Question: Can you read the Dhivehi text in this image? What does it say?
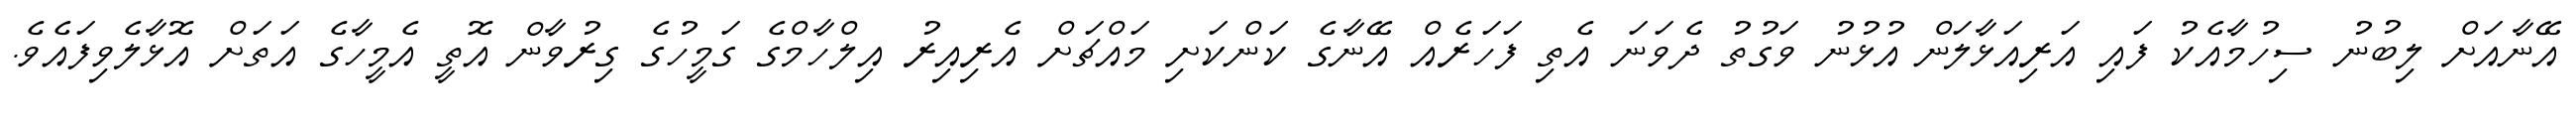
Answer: އޭނާއަށް ލިބުނު ސިހުމާއެކު ފައި އަރިއަޅާލަން އުޅުނު ވަގުތު ދެވަނަ އެތި ފަހަރެއް އޭނާގެ ކަންކަށި މައްޗަށް އެރިއިރު އިލްހާމްގެ ގަމީހުގެ ގިރުވާން އޮތީ އެމީހާގެ އަތަށް އޮޅާލެވިފައެވެ.